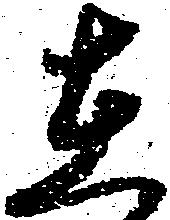
在